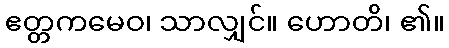
ဧတ္တကမေဝ၊ သာလျှင်။ ဟောတိ၊ ၏။